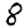
Digit: 8